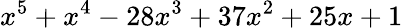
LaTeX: x^{5}+x^{4}-28x^{3}+37x^{2}+25x+1